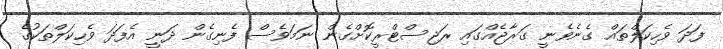
ފަދަ ވެހިކަލްތައް ގެނެވެނީ ގަރާޖެއްގައި ރަޖިސްޓްރީކޮށްގެން ނަމަވެސް ފެނިގެން ދަނީ އެފަދަ ވެހިކަލްތަކުގެ